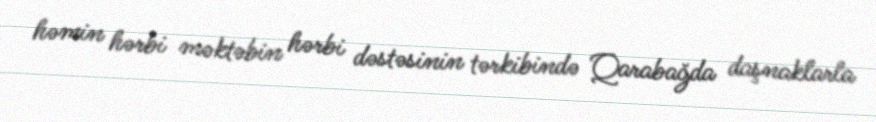
həmin hərbi məktəbin hərbi dəstəsinin tərkibində Qarabağda daşnaklarla